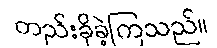
တည်းခိုခဲ့ကြသည်။